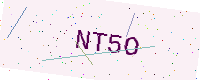
Text: NT5O